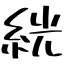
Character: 絖